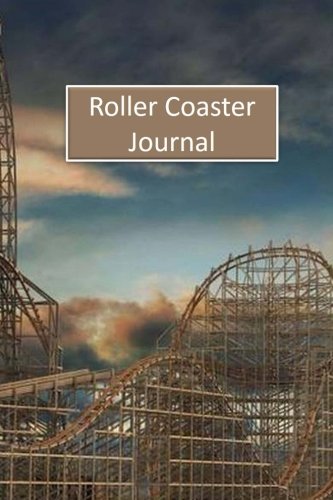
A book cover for Roller Coaster Journal; Tom Alyea; Travel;